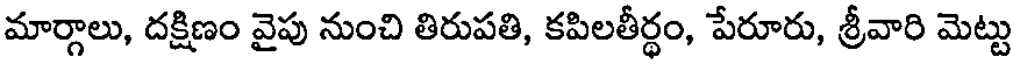
మార్గాలు, దక్షిణం వైపు నుంచి తిరుపతి, కపిలతీర్థం, పేరూరు, శ్రీవారి మెట్టు